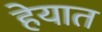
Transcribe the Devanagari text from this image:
हेयात